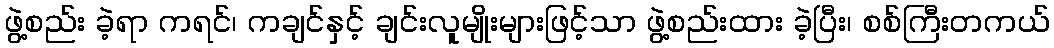
ဖွဲ့စည်း ခဲ့ရာ ကရင်၊ ကချင်နှင့် ချင်းလူမျိုးများဖြင့်သာ ဖွဲ့စည်းထား ခဲ့ပြီး၊ စစ်ကြီးတကယ်